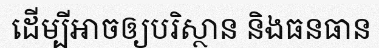
ដើម្បីអាចឲ្យបរិស្ថាន និងធនធាន